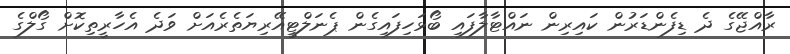
ރާއްޖޭގެ ދެ ޑިފެންޑަރުން ކައިރިން ނައްޓާލާފައި ބޯޅަހިފައިގެން ޕެނަލްޓީއޭރިޔަތެރެއަށް ވަދެ އެހާރީތިކޮށް ގޯލްގެ